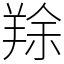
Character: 䍱